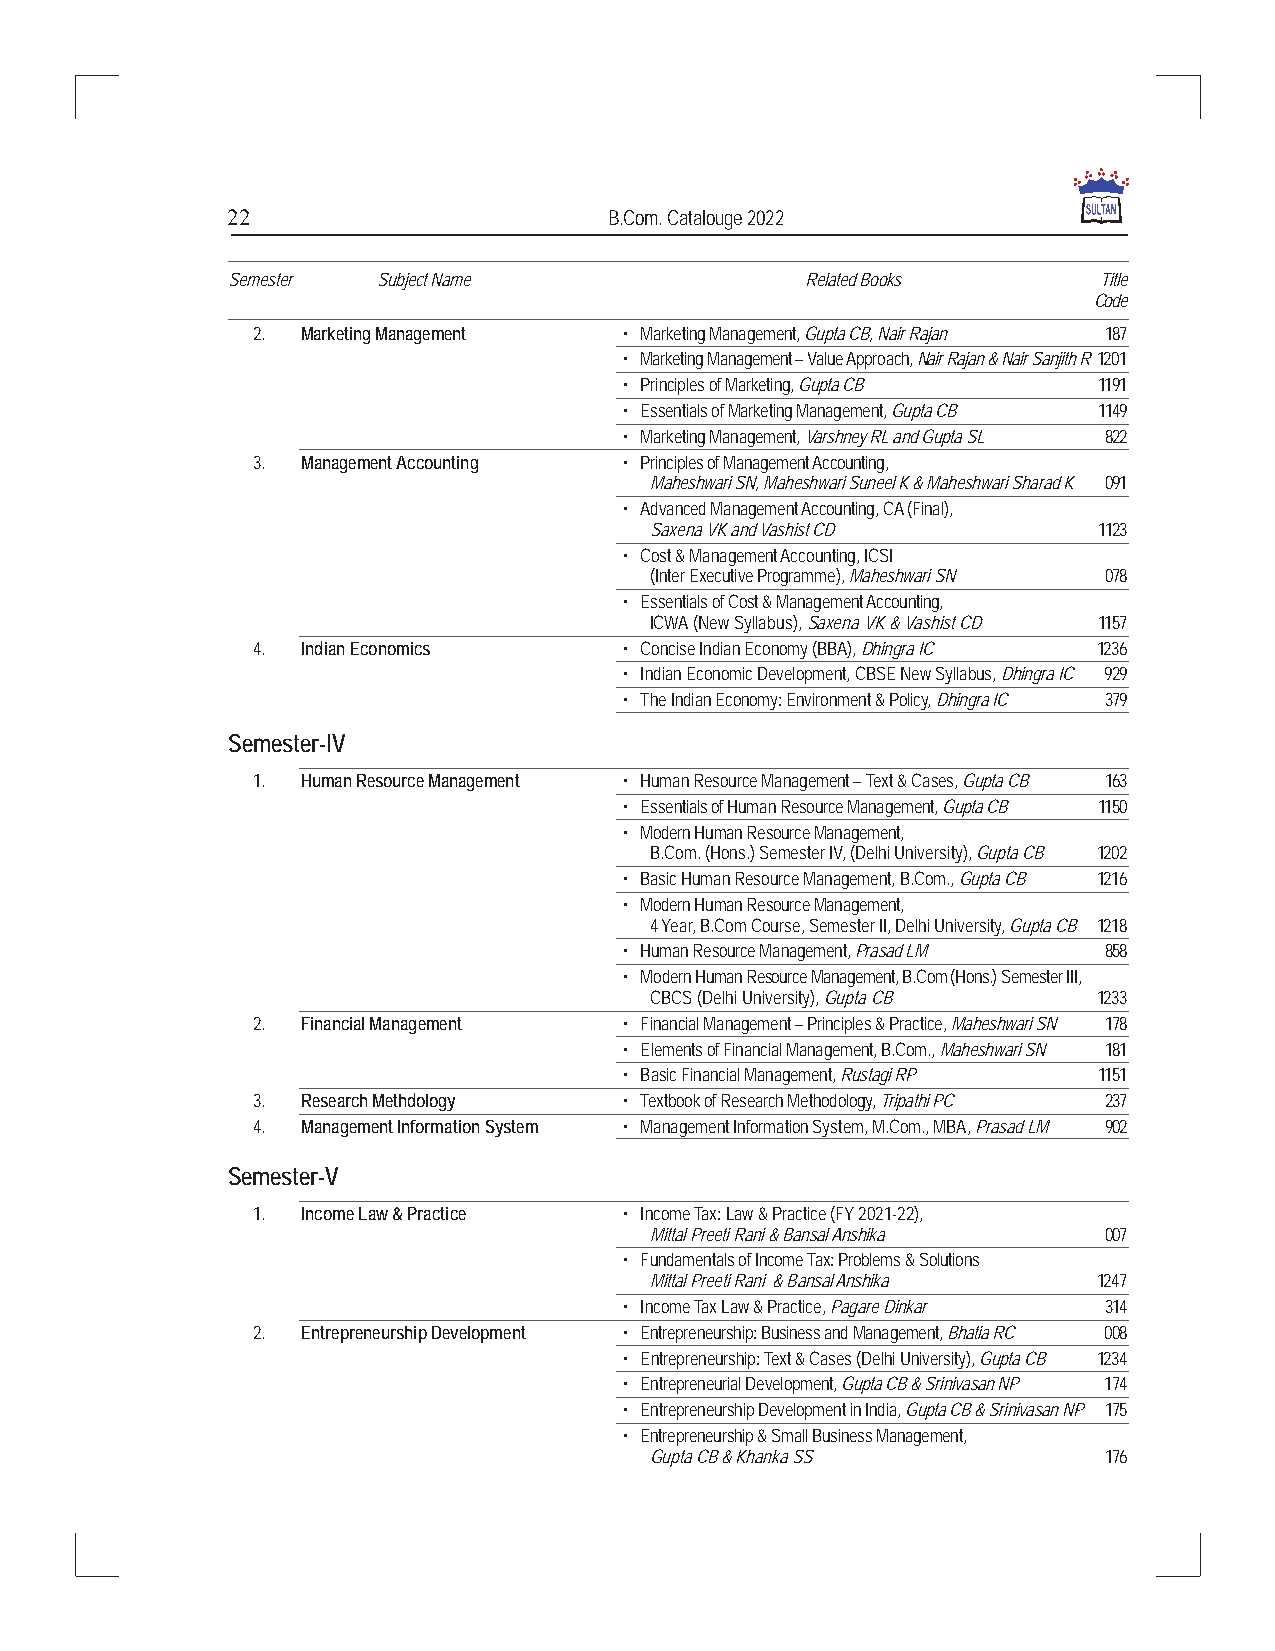
22                       B.Com. Catalouge 2022
 Semester  Subject Name                Related Books       Title
 Code
 2. Marketing Management • Marketing Management, Gupta CB, Nair Rajan 187
 • Marketing Management – Value Approach, Nair Rajan & Nair Sanjith R 1201
 • Principles of Marketing, Gupta CB 1191
 • Essentials of Marketing Management, Gupta CB 1149
 • Marketing Management, Varshney RL and Gupta SL 822
 3. Management Accounting • Principles of Management Accounting,
 Maheshwari SN, Maheshwari Suneel K & Maheshwari Sharad K 091
 • Advanced Management Accounting, CA (Final),
 Saxena VK and Vashist CD      1123
 • Cost & Management Accounting, ICSI
 (Inter Executive Programme), Maheshwari SN 078
 • Essentials of Cost & Management Accounting,
 ICWA (New Syllabus), Saxena VK & Vashist CD 1157
 4. Indian Economics     • Concise Indian Economy (BBA), Dhingra IC 1236
 • Indian Economic Development, CBSE New Syllabus, Dhingra IC 929
 • The Indian Economy: Environment & Policy, Dhingra IC 379
 Semester-IV
 1. Human Resource Management • Human Resource Management – Text & Cases, Gupta CB 163
 • Essentials of Human Resource Management, Gupta CB 1150
 • Modern Human Resource Management,
 B.Com. (Hons.) Semester IV, (Delhi University), Gupta CB 1202
 • Basic Human Resource Management, B.Com., Gupta CB 1216
 • Modern Human Resource Management,
 4 Year, B.Com Course, Semester II, Delhi University, Gupta CB 1218
 • Human Resource Management, Prasad LM 858
 • Modern Human Resource Management, B.Com (Hons.) Semester III,
 CBCS (Delhi University), Gupta CB 1233
 2. Financial Management • Financial Management – Principles & Practice, Maheshwari SN 178
 • Elements of Financial Management, B.Com., Maheshwari SN 181
 • Basic Financial Management, Rustagi RP 1151
 3. Research Methdology  • Textbook of Research Methodology, Tripathi PC 237
 4. Management Information System • Management Information System, M.Com., MBA, Prasad LM 902
 Semester-V
 1. Income Law & Practice • Income Tax: Law & Practice (FY 2021-22),
 Mittal Preeti Rani & Bansal Anshika 007
 • Fundamentals of Income Tax: Problems & Solutions
 Mittal Preeti Rani & Bansal Anshika 1247
 • Income Tax Law & Practice, Pagare Dinkar 314
 2. Entrepreneurship Development • Entrepreneurship: Business and Management, Bhatia RC 008
 • Entrepreneurship: Text & Cases (Delhi University), Gupta CB 1234
 • Entrepreneurial Development, Gupta CB & Srinivasan NP 174
 • Entrepreneurship Development in India, Gupta CB & Srinivasan NP 175
 • Entrepreneurship & Small Business Management,
 Gupta CB & Khanka SS          176